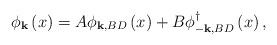
LaTeX: \begin{align*}\phi _{\mathbf{k}}\left( x\right) =A\phi _{\mathbf{k,}BD}\left( x\right)+B\phi _{-\mathbf{k,}BD}^{\dagger }\left( x\right) ,\end{align*}